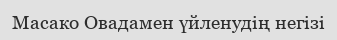
Масако Овадамен үйленудің негізі